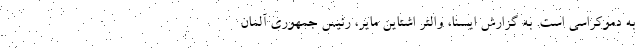
به دموکراسی است. به گزارش ایسنا، والتر اشتاین مایر، رئیس جمهوری آلمان